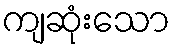
ကျဆုံးသော